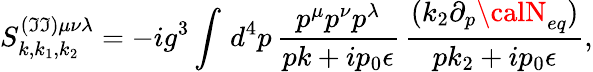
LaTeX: S_{k,k_{1},k_{2}}^{(\mathfrak{I}\mathfrak{I})\mu\nu\lambda}=-ig^{3}\int\, d^{4}p\, \frac{{p^{\mu}p^{\nu}p^{\lambda}}}{{pk+ip_{0}\epsilon}}\, \frac{{(k_{2}\partial_{p}{\calN}_{eq})}}{{pk_{2}+ip_{0}\epsilon}},